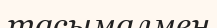
тасымалмен